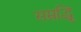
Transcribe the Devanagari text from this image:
सम्रृद्धि